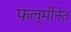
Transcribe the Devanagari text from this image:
फल्मीनेत